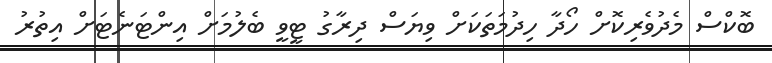
ބޮކްސް މެދުވެރިކޮށް ހޯދާ ހިދުމަތަކަށް ވިޔަސް ދިރާގު ޓީވީ ބެލުމަށް އިންޓަނެޓަށް އިތުރު